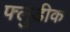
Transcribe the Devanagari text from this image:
फ्लुडीक